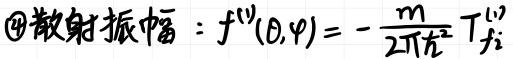
\textcircled{4}散射振幅：$f^{(1)}(\theta,\varphi)=-\frac{m}{2\pi\hbar^{2}}T_{fi}^{(1)}$